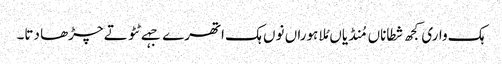
ہک واری کجھ شطاناں مُنڈیاں مُلا ہوراں نوں ہک اتھرے جہے ٹٹو تے چڑھا دتا۔